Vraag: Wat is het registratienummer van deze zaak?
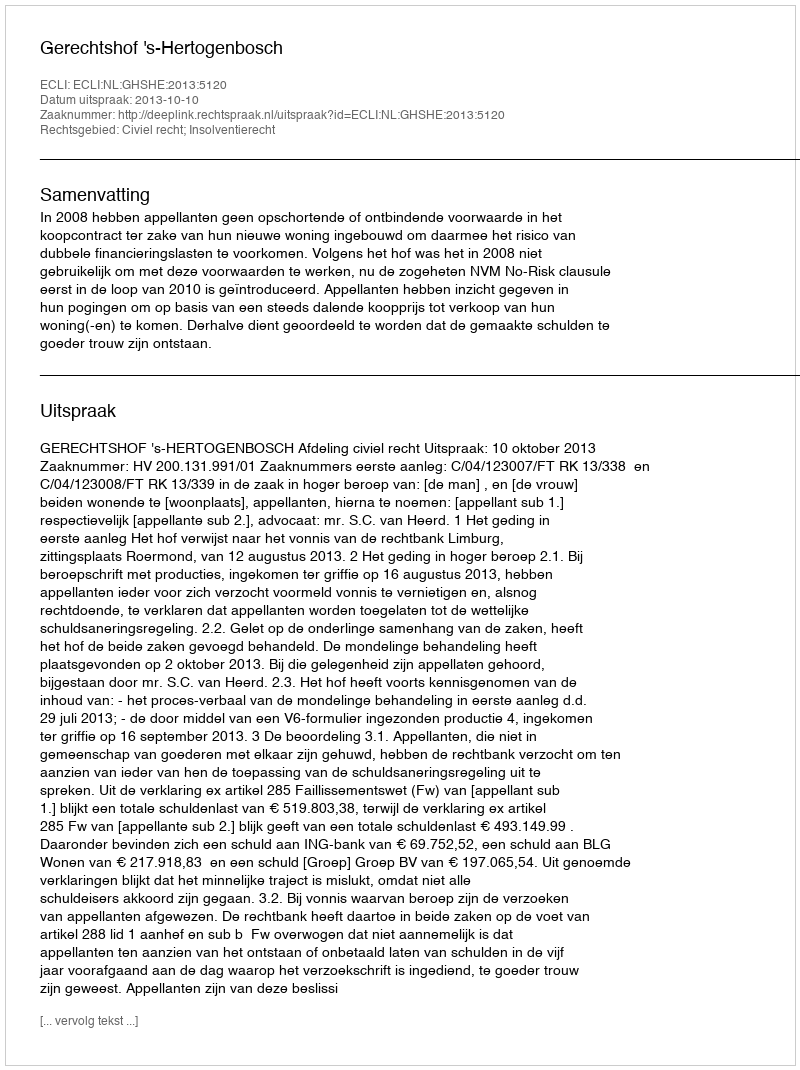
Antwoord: http://deeplink.rechtspraak.nl/uitspraak?id=ECLI:NL:GHSHE:2013:5120